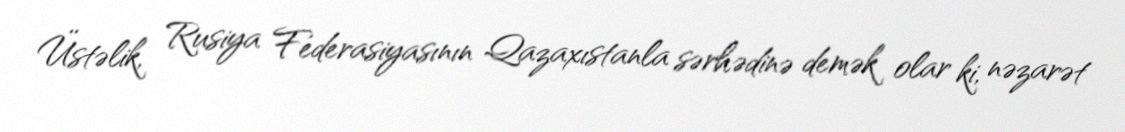
Üstəlik, Rusiya Federasiyasının Qazaxıstanla sərhədinə demək olar ki, nəzarət